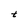
Character: t